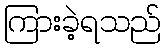
ကြားခဲ့ရသည်